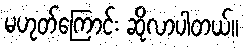
မဟုတ်ကြောင်း ဆိုလာပါတယ်။